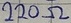
Text: 220Ω